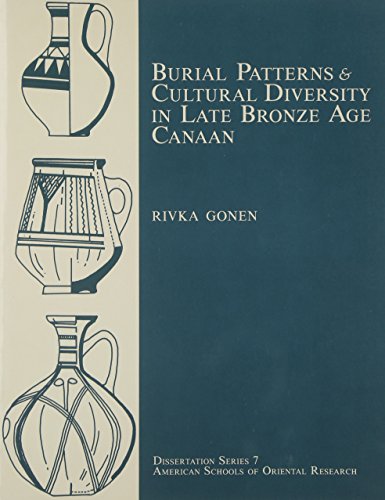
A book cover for Burial Patterns and Cultural Diversity in Late Bronze Age Canaan (Dissertation Series (American Schools of Oriental Research)); Rivka Gonen; History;